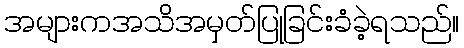
အများကအသိအမှတ်ပြုခြင်းခံခဲ့ရသည်။